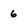
Character: 6